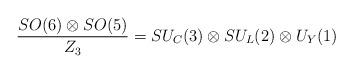
LaTeX: \begin{align*}\frac{SO(6)\otimes SO(5)}{Z_3}=SU_C(3)\otimes SU_L(2)\otimes U_Y(1)\end{align*}